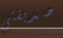
صديقتى